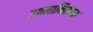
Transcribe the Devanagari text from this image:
उपमानिरूपक